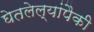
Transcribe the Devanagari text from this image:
घेतलेल्यांपैकी